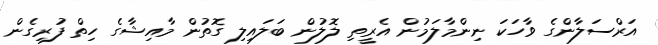
އަރްސަލާންގެ ވާހަކަ ނިންމާލަމުން އެރީތި ލޮލުން ބަލައިލި ގޮތުން މާއިޝާގެ ހިތް ފުރިގެން